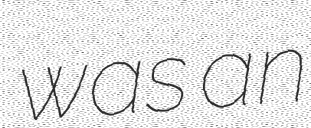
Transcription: was an